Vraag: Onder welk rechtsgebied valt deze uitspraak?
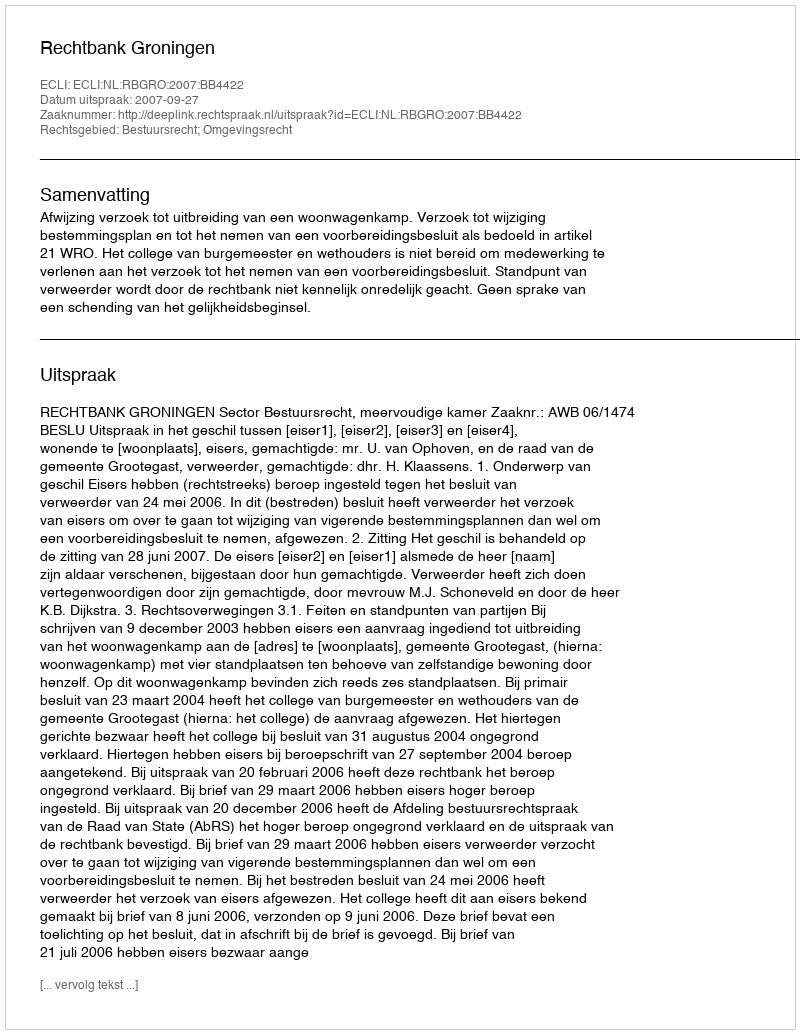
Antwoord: Bestuursrecht; Omgevingsrecht